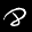
Label: 8